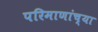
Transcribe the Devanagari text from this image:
परिमाणांच्या